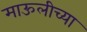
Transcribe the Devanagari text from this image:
माऊलीच्या